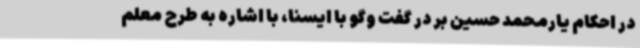
در احکام یارمحمد حسین بر در گفت وگو با ایسنا، با اشاره به طرح معلم